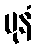
ပုနံ